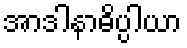
အာဒါနာဓိပ္ပါယာ